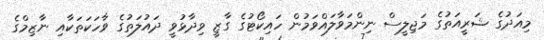
މިއަދުގެ ޝަރީއަތުގެ މަޖިލީސް ނިންމަވާލައްވަމުން ހައިކޯޓުގެ ގާޒީ ވިދާޅުވީ ދައުލަތުގެ ވާހަކަތަކާއި ނާޒިމްގެ